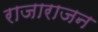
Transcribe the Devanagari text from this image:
राजाराजन